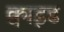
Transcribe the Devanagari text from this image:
क्वाइड